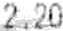
2.20